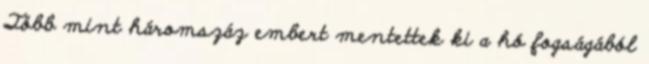
Több mint háromszáz embert mentettek ki a hó fogságából